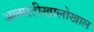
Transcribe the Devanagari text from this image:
अल्माटीखालोखाल